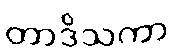
တာဒိသကာ